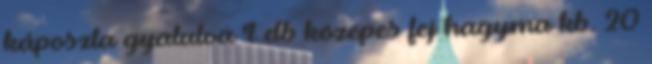
káposzta gyalulva 1 db közepes fej hagyma kb. 20